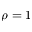
\rho = 1